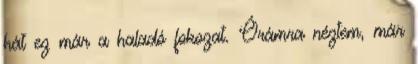
hát ez már a haladó fokozat. Órámra néztem, már